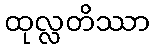
ထုလ္လတိဿာ